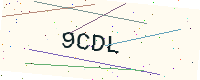
Text: 9CDL